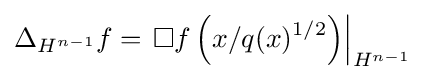
\Delta _{H^{n-1}}f=\left.\Box f\left(x/q(x)^{1/2}\right)\right|_{H^{n-1}}